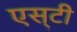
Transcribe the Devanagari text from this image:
एस्‌टी